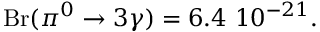
\displaystyle \mathrm { B r } ( \pi ^ { 0 } \to 3 \gamma ) = 6 . 4 ~ 1 0 ^ { - 2 1 } .